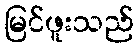
မြင်ဖူးသည်